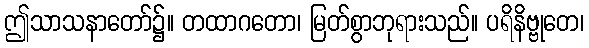
ဤသာသနာတော်၌။ တထာဂတော၊ မြတ်စွာဘုရားသည်။ ပရိနိဗ္ဗုတေ၊